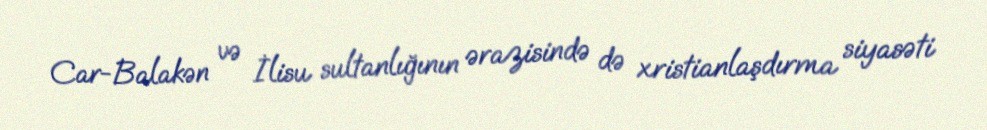
Car-Balakən və İlisu sultanlığının ərazisində də xristianlaşdırma siyasəti